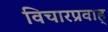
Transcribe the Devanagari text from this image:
विचारप्रवाह्